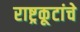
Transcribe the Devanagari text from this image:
राष्ट्रकूटांचे